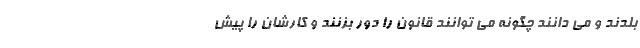
بلدند و می دانند چگونه می توانند قانون را دور بزنند و کارشان را پیش